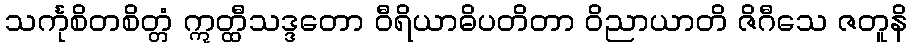
သင်္ကုစိတစိတ္တံ ဣတ္ထီသဒ္ဒတော ဝီရိယာဓိပတိတာ ဝိညာယာတိ ဇိဂီသေ ဇတူနိ